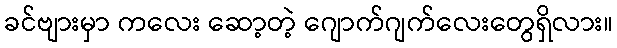
ခင်ဗျားမှာ ကလေး ဆော့တဲ့ ဂျောက်ဂျက်လေးတွေရှိလား။